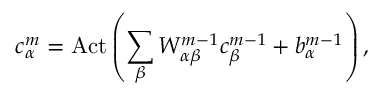
c _ { \alpha } ^ { m } = \mathrm { A c t } \left( \sum _ { \beta } W _ { \alpha \beta } ^ { m - 1 } c _ { \beta } ^ { m - 1 } + b _ { \alpha } ^ { m - 1 } \right) ,